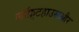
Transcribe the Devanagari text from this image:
लॉफ़्टहाउसऔर